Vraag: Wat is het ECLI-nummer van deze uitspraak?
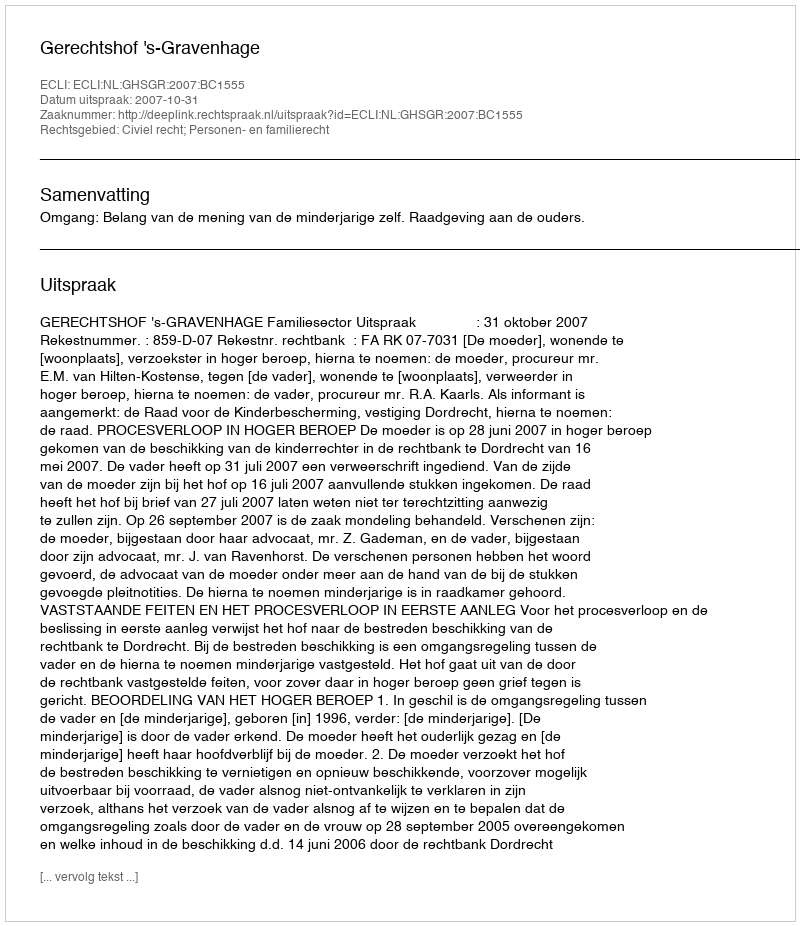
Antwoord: ECLI:NL:GHSGR:2007:BC1555